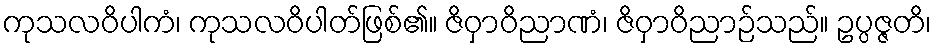
ကုသလဝိပါကံ၊ ကုသလဝိပါတ်ဖြစ်၏။ ဇိဝှာဝိညာဏံ၊ ဇိဝှာဝိညာဉ်သည်။ ဥပ္ပဇ္ဇတိ၊